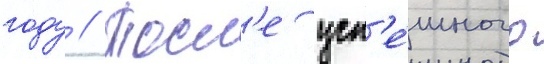
году // Посл'е усп'е́шного